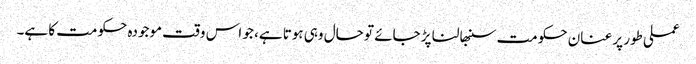
عملی طور پر عنان حکومت سنبھالنا پڑ جائے تو حال وہی ہوتا ہے، جو اس وقت موجودہ حکومت کا ہے۔